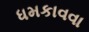
ધમકાવવા